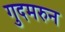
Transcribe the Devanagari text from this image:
गुदमरुन